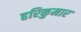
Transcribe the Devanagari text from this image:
हरिकुमार